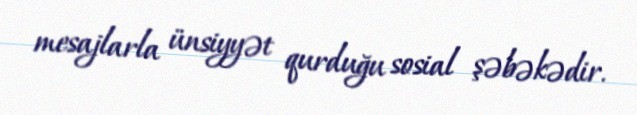
mesajlarla ünsiyyət qurduğu sosial şəbəkədir.